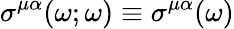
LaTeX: \sigma^{\mu\alpha}(\omega;\omega)\equiv\sigma^{\mu\alpha}(\omega)